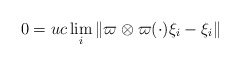
\begin{align*}0=uc\lim_i\|\varpi\otimes\varpi(\cdot)\xi_i-\xi_i\|\end{align*}